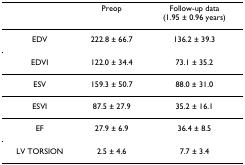
<table><thead><tr><td></td><td><b>Preop</b></td><td><b>Follow-up data(1.95 ± 0.96 years)</b></td></tr></thead><tbody><tr><td>EDV</td><td>222.8 ± 66.7</td><td>136.2 ± 39.3</td></tr><tr><td>EDVI</td><td>122.0 ± 34.4</td><td>73.1 ± 35.2</td></tr><tr><td>ESV</td><td>159.3 ± 50.7</td><td>88.0 ± 31.0</td></tr><tr><td>ESVI</td><td>87.5 ± 27.9</td><td>35.2 ± 16.1</td></tr><tr><td>EF</td><td>27.9 ± 6.9</td><td>36.4 ± 8.5</td></tr><tr><td>LV TORSION</td><td>2.5 ± 4.6</td><td>7.7 ± 3.4</td></tr></tbody></table>